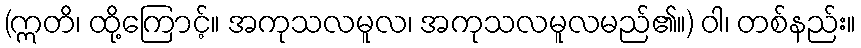
(ဣတိ၊ ထို့ကြောင့်။ အကုသလမူလ၊ အကုသလမူလမည်၏။) ဝါ၊ တစ်နည်း။